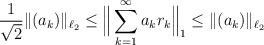
LaTeX: \begin{align*}\frac{1}{\sqrt{2}}\|(a_k)\|_{\ell_{2}}\le\Big\|\sum_{k=1}^{\infty} a_{k} r_{k}\Big\|_1 \le\|(a_k)\|_{\ell_{2}}\end{align*}